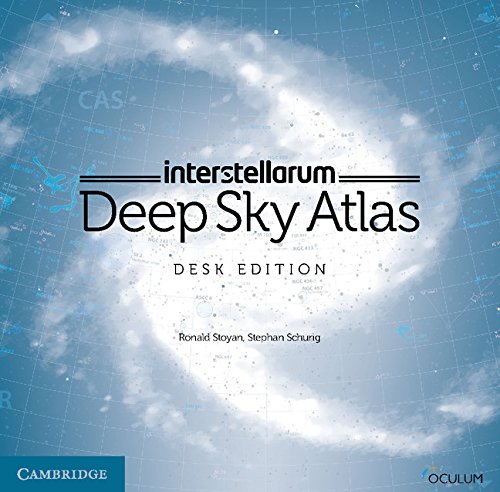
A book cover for interstellarum Deep Sky Atlas: Desk Edition; Ronald Stoyan; Science & Math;